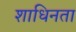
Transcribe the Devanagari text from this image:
शाधिनता